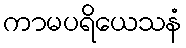
ကာမပရိယေသနံ